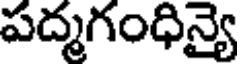
పద్మగంధిన్యై